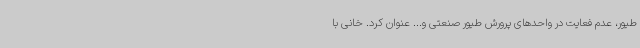
طیور، عدم فعایت در واحدهای پرورش طیور صنعتی و... عنوان کرد. خانی با